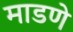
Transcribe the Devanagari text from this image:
माडणे